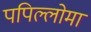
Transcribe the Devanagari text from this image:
पपिल्लोमा